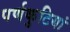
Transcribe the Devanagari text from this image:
पर्णकुटियां